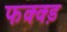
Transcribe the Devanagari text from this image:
फक्क्ड़